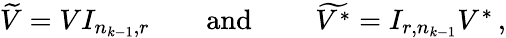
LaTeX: \begin{array}{r}{\widetilde{V}=VI_{n_{k-1},r}\qquad\mathrm{and}\qquad\ \widetilde{V^{*}}=I_{r,n_{k-1}}V^{*}\, ,}\end{array}